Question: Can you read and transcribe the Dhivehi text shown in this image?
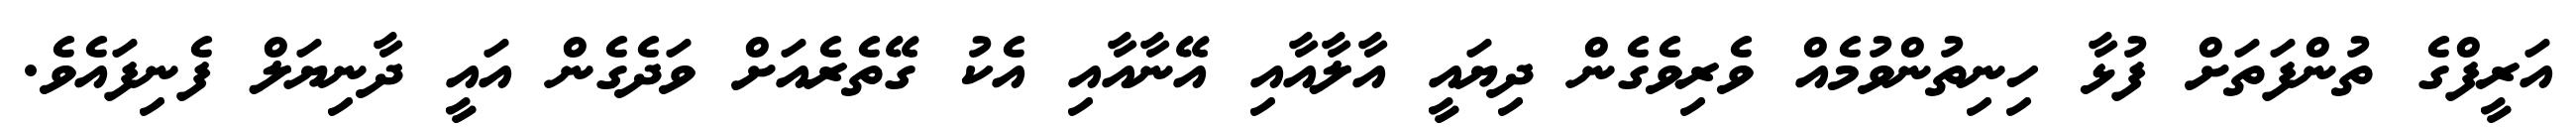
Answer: އަރީފްގެ ތުންފަތަށް ފުޅާ ހިނިތުންވުމެއް ވެރިވެގެން ދިޔައީ އާލާއާއި އޭނާއާއި އެކު ގޭތެރެއަށް ވަދެގެން އައީ ދާނިޔަލް ފެނިފައެވެ.